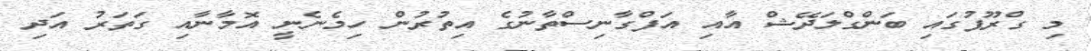
މި ގްރޫޕުގައި ބަންގްލަދޭޝް އާއި އަފްގާނިސްތާނުގެ އިތުރުން ހިމެނެނީ އޮމާނާއި ގަތަރު އަދި